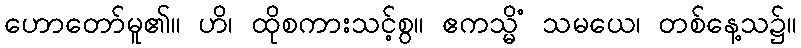
ဟောတော်မူ၏။ ဟိ၊ ထိုစကားသင့်စွ။ ဧကသ္မိံ သမယေ၊ တစ်နေ့သ၌။